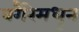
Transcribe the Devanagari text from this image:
वगैरेमधून